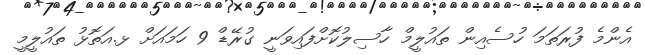
އެންމެ ފުރަތަމަ ހުސެއިން ތައުލީމް ހާސިލުކޮށްފައިވަނީ ގުރޭޑް 9 ހަމައަށް ޅ.އަތޮޅު ތައުލީމީ